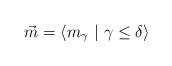
LaTeX: \begin{align*}\vec{m} = \langle m_\gamma \ | \ \gamma \le \delta \rangle\end{align*}